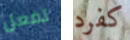
تفعل كفرد